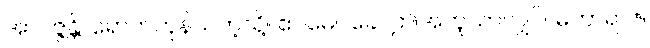
အာပဇ္ဇန္တိ၊ ရောက်ကုန်သကဲ့သို့။ ဧဝမေဝခေါ၊ ဤအတူသာလျှင်။ မဟာရာဇ၊